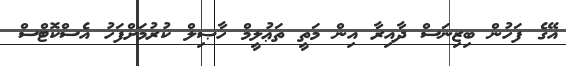
އޭގެ ފަހުން ބިޒިނަސް ދާއިރާ އިން މަތީ ތަޢުލީމް ހާޞިލް ކުރުމަށްފަހު އެސްކޮޓްސް